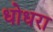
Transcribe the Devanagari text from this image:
धोधरा